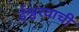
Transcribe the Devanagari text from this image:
ईश्वरवाची